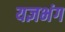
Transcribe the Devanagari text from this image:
यज्ञभंग